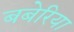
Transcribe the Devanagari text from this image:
बबेरिया